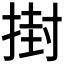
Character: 𭡞